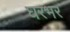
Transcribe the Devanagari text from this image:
घरभर